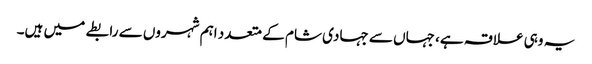
یہ وہی علاقہ ہے، جہاں سے جہادی شام کے متعدد اہم شہروں سے رابطے میں ہیں۔